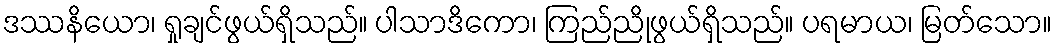
ဒဿနိယော၊ ရှုချင်ဖွယ်ရှိသည်။ ပါသာဒိကော၊ ကြည်ညိုဖွယ်ရှိသည်။ ပရမာယ၊ မြတ်သော။